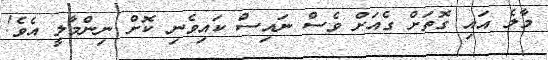
މާލެ އައި ގޮތަށް ގެއަށް ވެސް ނައިސް ކައިވެނި ކޮށް ނިންމާލީ އެވެ!